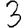
Digit: 3